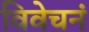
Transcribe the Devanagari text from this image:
विवेचनं